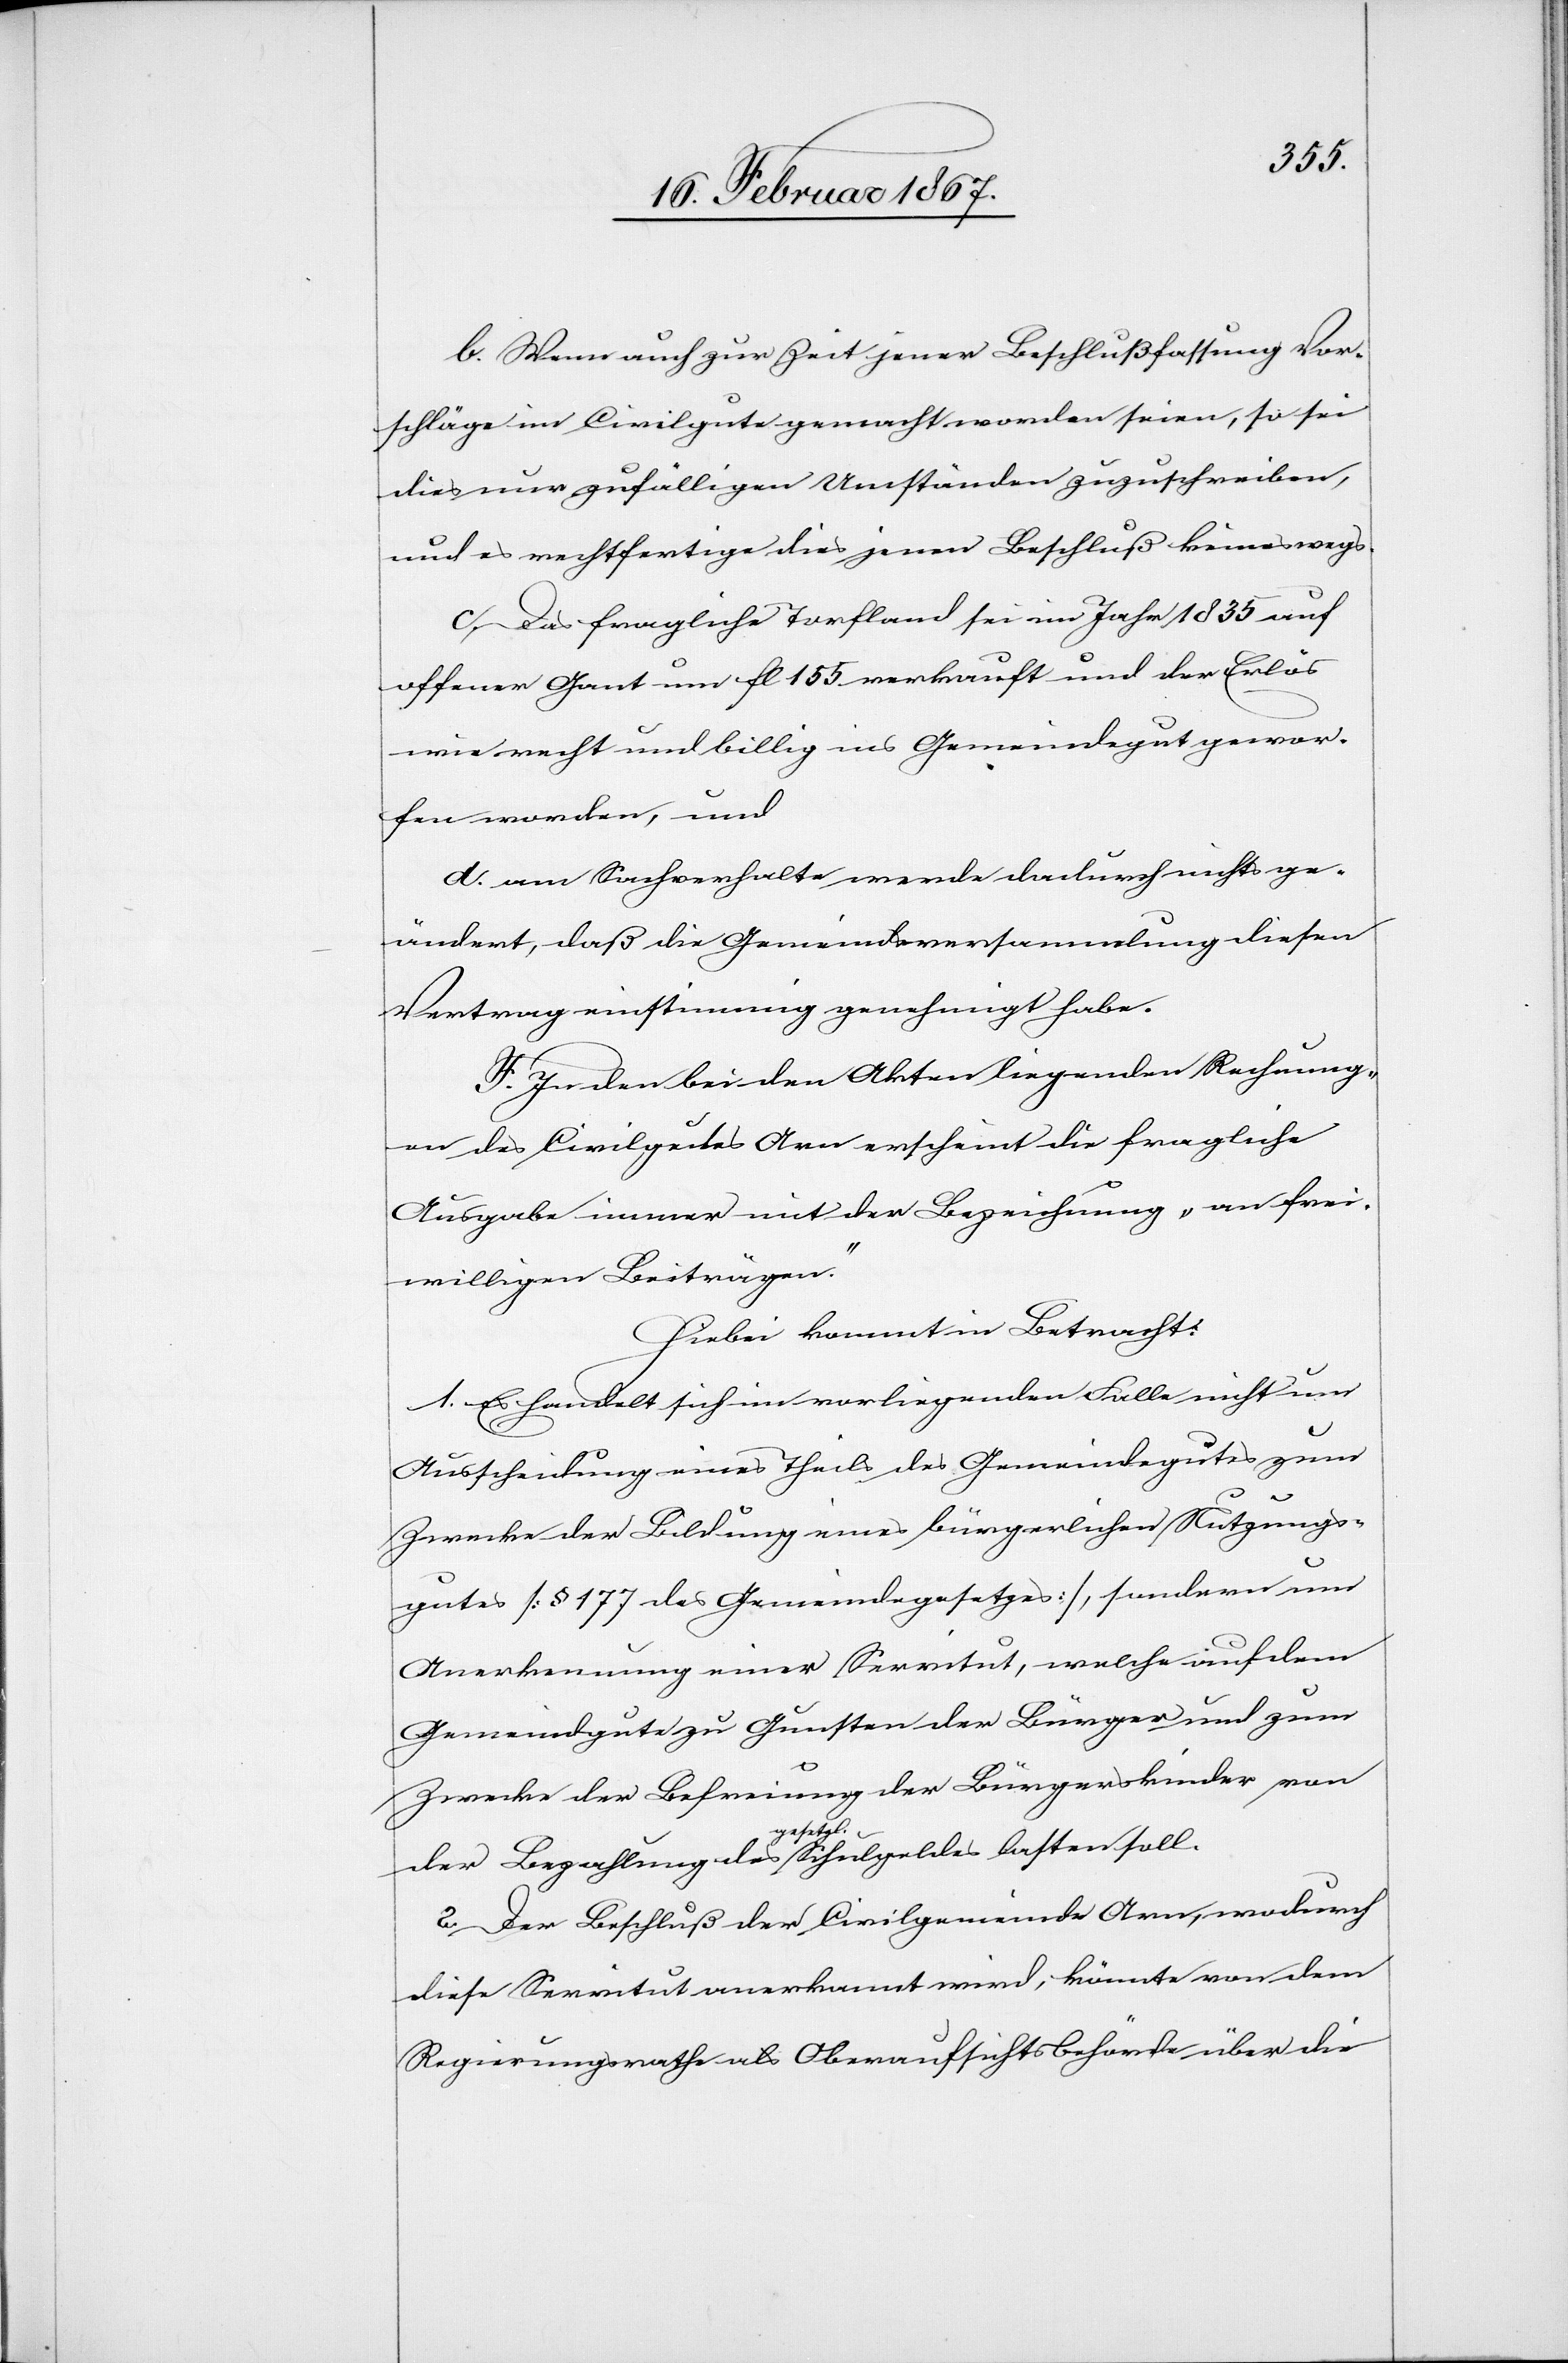
b. Wenn auch zur Zeit jener Beschlußfassung Vor¬
schläge im Civilgute gemacht worden seien, so sei
dies nur zufälligen Umständen zuzuschreiben,
und es rechtfertige dies jenen Beschluß keineswegs.
c. Das fragliche Torfland sei im Jahr 1835 auf
offener Gant um fl 155 verkauft und der Erlös
wie recht und billig ins Gemeindegut gewor¬
fen worden, und
d. am Sachverhalte werde dadurch nichts ge¬
ändert, daß die Gemeindsversammlung diesen
Vertrag einstimmig genehmigt habe.
F. In den bei den Akten liegenden Rechnung¬
en des Civilgutes Arn erscheint die fragliche
Ausgabe immer mit der Bezeichnung „an frei¬
willigen Beiträgen.“
Hiebei kommt in Betracht:
1. Es handelt sich im vorliegenden Falle nicht um
Ausscheidung eines Theils des Gemeindegutes zum
Zwecke der Bildung eines bürgerlichen Nutzungs¬
gutes [§ 177 des Gemeindegesetzes], sondern um
Anerkennung einer Servitut, welche auf dem
Gemeindgute zu Gunsten der Bürger und zum
Zwecke der Befreiung der Bürgerskinder von
der Bezahlung des gesetzl. Schulgeldes lasten soll.
2. Der Beschluß der Civilgemeinde Arn, wodurch
diese Servitut anerkannt wird, könnte von dem
Regierungsrathe als Oberaufsichtsbehörde über die